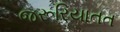
જરૂરિયાતત